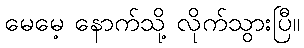
မေမေ့ နောက်သို့ လိုက်သွားပြီ။